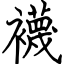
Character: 襪